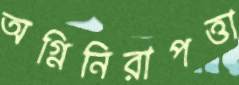
অগ্নিনিরাপত্তা